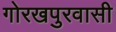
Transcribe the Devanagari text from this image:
गोरखपुरवासी